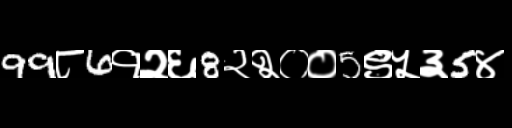
Text: 99८6१२६8२२००5९५३5४